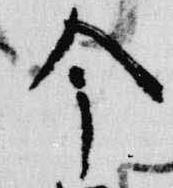
今